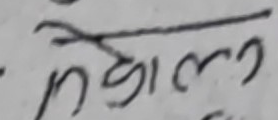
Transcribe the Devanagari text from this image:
नहुन